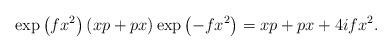
LaTeX: \begin{align*}\exp \left( fx^{2}\right) \left( xp+px\right) \exp \left(-fx^{2}\right) =xp+px+4ifx^{2}.\end{align*}